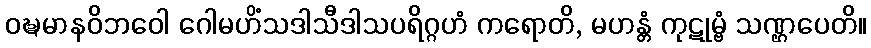
ဝဍ္ဎမာနဝိဘဝေါ ဂေါမဟိံသဒါသီဒါသပရိဂ္ဂဟံ ကရောတိ, မဟန္တံ ကုဋုမ္ဗံ သဏ္ဌပေတိ။